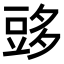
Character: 𧯨